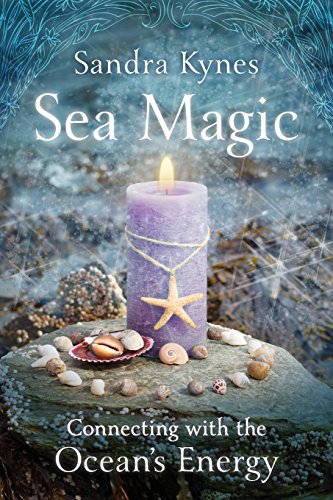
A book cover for Sea Magic: Connecting with the Ocean's Energy; Sandra Kynes; Science & Math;